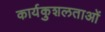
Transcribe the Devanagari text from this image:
कार्यकुशलताओं